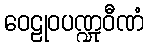
ဝေဠုဝပဏ္ဍုဝီဏံ